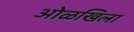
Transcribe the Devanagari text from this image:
ओळखिला